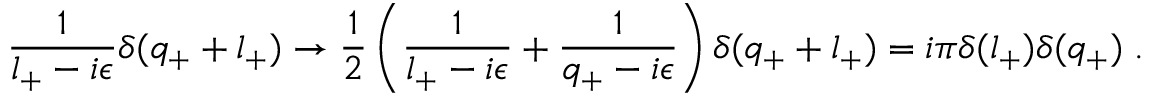
\frac { 1 } { l _ { + } - i \epsilon } \delta ( q _ { + } + l _ { + } ) \to \frac { 1 } { 2 } \left( \frac { 1 } { l _ { + } - i \epsilon } + \frac { 1 } { q _ { + } - i \epsilon } \right) \delta ( q _ { + } + l _ { + } ) = i \pi \delta ( l _ { + } ) \delta ( q _ { + } ) \; .